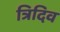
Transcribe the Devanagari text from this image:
त्रिदिव